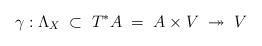
LaTeX: \begin{align*} \gamma: \Lambda_X \;\subset\; T^*A \;=\; A\times V \;\twoheadrightarrow\; V\end{align*}